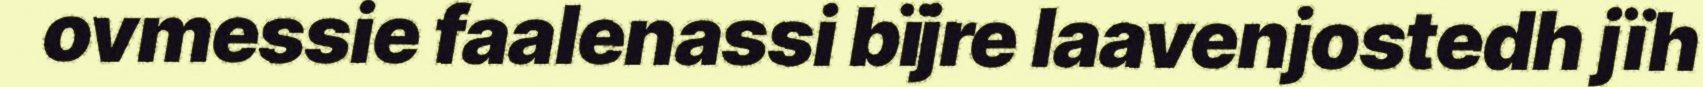
ovmessie faalenassi bïjre laavenjostedh jïh